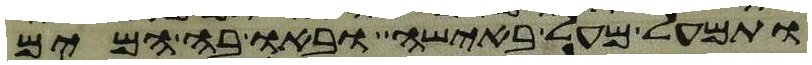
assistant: ותמעל מעל באישה ובאו בה המים